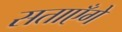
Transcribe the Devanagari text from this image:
सताएँगे